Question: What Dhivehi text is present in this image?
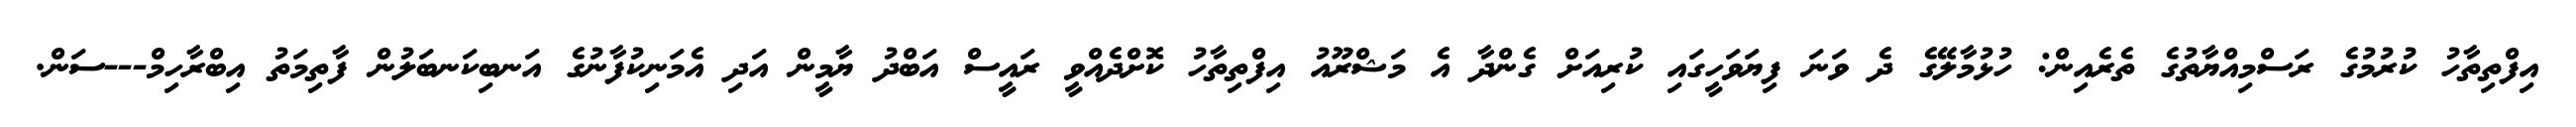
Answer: އިފްތިތާހު ކުރުމުގެ ރަސްމިއްޔާތުގެ ތެރެއިން: ހުޅުމާލޭގެ ދެ ވަނަ ފިޔަވަހީގައި ކުރިއަށް ގެންދާ އެ މަޝްރޫއު އިފްތިތާހު ކޮށްދެއްވީ ރައީސް އަބްދު ޔާމީން އަދި އެމަނިކުފާނުގެ އަނބިކަނބަލުން ފާތިމަތު އިބްރާހިމް---ސަން.